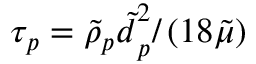
\tau _ { p } = { \tilde { \rho } _ { p } \tilde { d } } _ { p } ^ { 2 } / \left( 1 8 \tilde { \mu } \right)